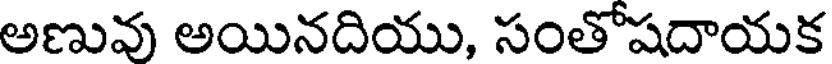
అణువు అయినదియు, సంతోషదాయక